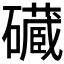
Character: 𮁔